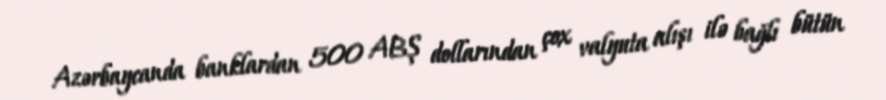
Azərbaycanda banklardan 500 ABŞ dollarından çox valyuta alışı ilə bağlı bütün